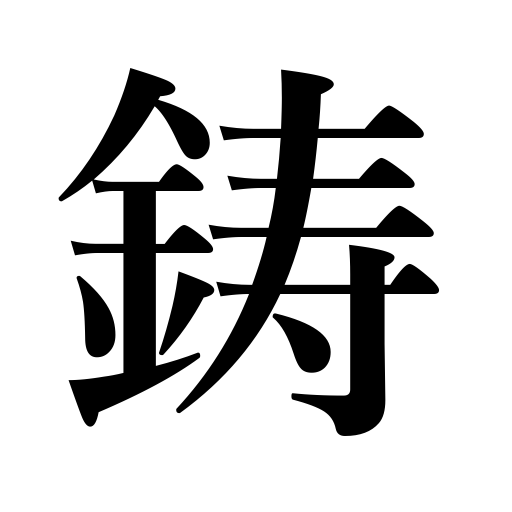
Meanings: casting,mint,coin,cast